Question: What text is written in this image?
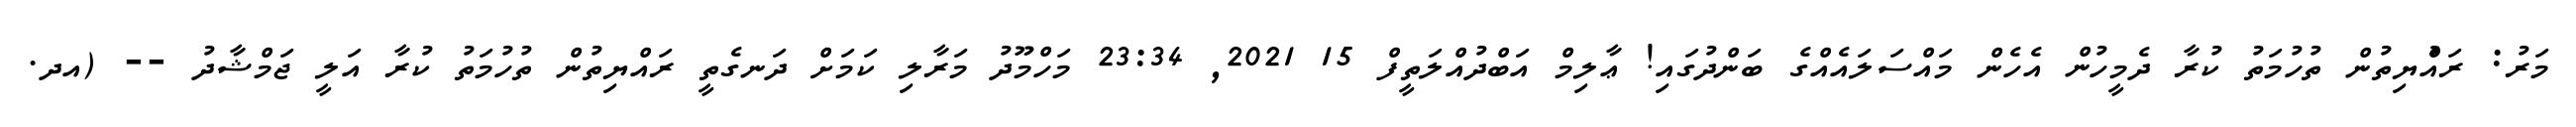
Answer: މަރު: ރައްުޔިތުން ތުހުމަތު ކުރާ ދެމީހުން އެހެން މައްސަލައެއްގެ ބަންދުގައި! ޢާލިމް އަބްދުއްލަތީފް 15 2021, 23:34 މަހްމޫދު މަރާލި ކަމަށް ދަނގެތީ ރައްޔިތުން ތުހުމަތު ކުރާ އަލީ ޖަމްޝާދު -- (އދ.